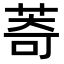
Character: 䓫